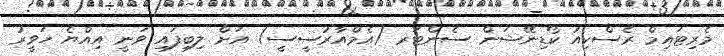
މެރިޓައިމް ރެސްކިއު ކޯޑިނޭޝަން ސެންޓަރ (އެމްއާރުސީސީ) އަށް ލިބިފައި ވަނީ އިއްޔެ ހަވީރު